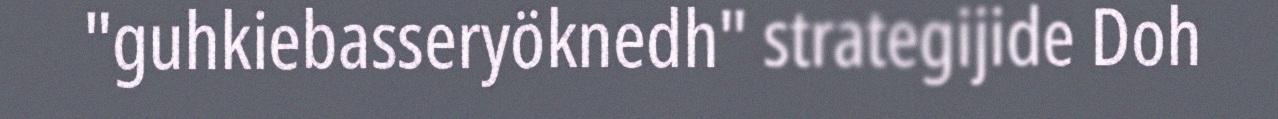
"guhkiebasseryöknedh" strategijide Doh